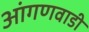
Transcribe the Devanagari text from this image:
आंगणवाडी